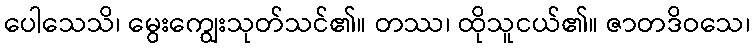
ပေါသေသိ၊ မွေးကျွေးသုတ်သင်၏။ တဿ၊ ထိုသူငယ်၏။ ဇာတဒိဝသေ၊